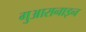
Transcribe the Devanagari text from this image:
गुआरानाइन